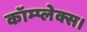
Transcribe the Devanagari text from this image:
कॉम्प्लेक्स।